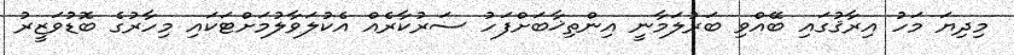
މިދިޔަ މަހު އިރާޤުގައި ބޭއްވި ބަރުލަމާނީ އިންތިޚާބަށްފަހު ސަރުކާރެއް އެކުލަވާލުމަށްޓަކައި މިހާރުގެ ބޮޑުވަޒީރު